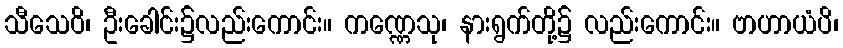
သီသေဝိ၊ ဦးခေါင်း၌လည်းကောင်း။ ကဏ္ဏေသု၊ နားရွက်တို့၌ လည်းကောင်း။ ဗာဟာယံပိ၊